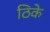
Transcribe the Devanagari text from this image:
ठिके